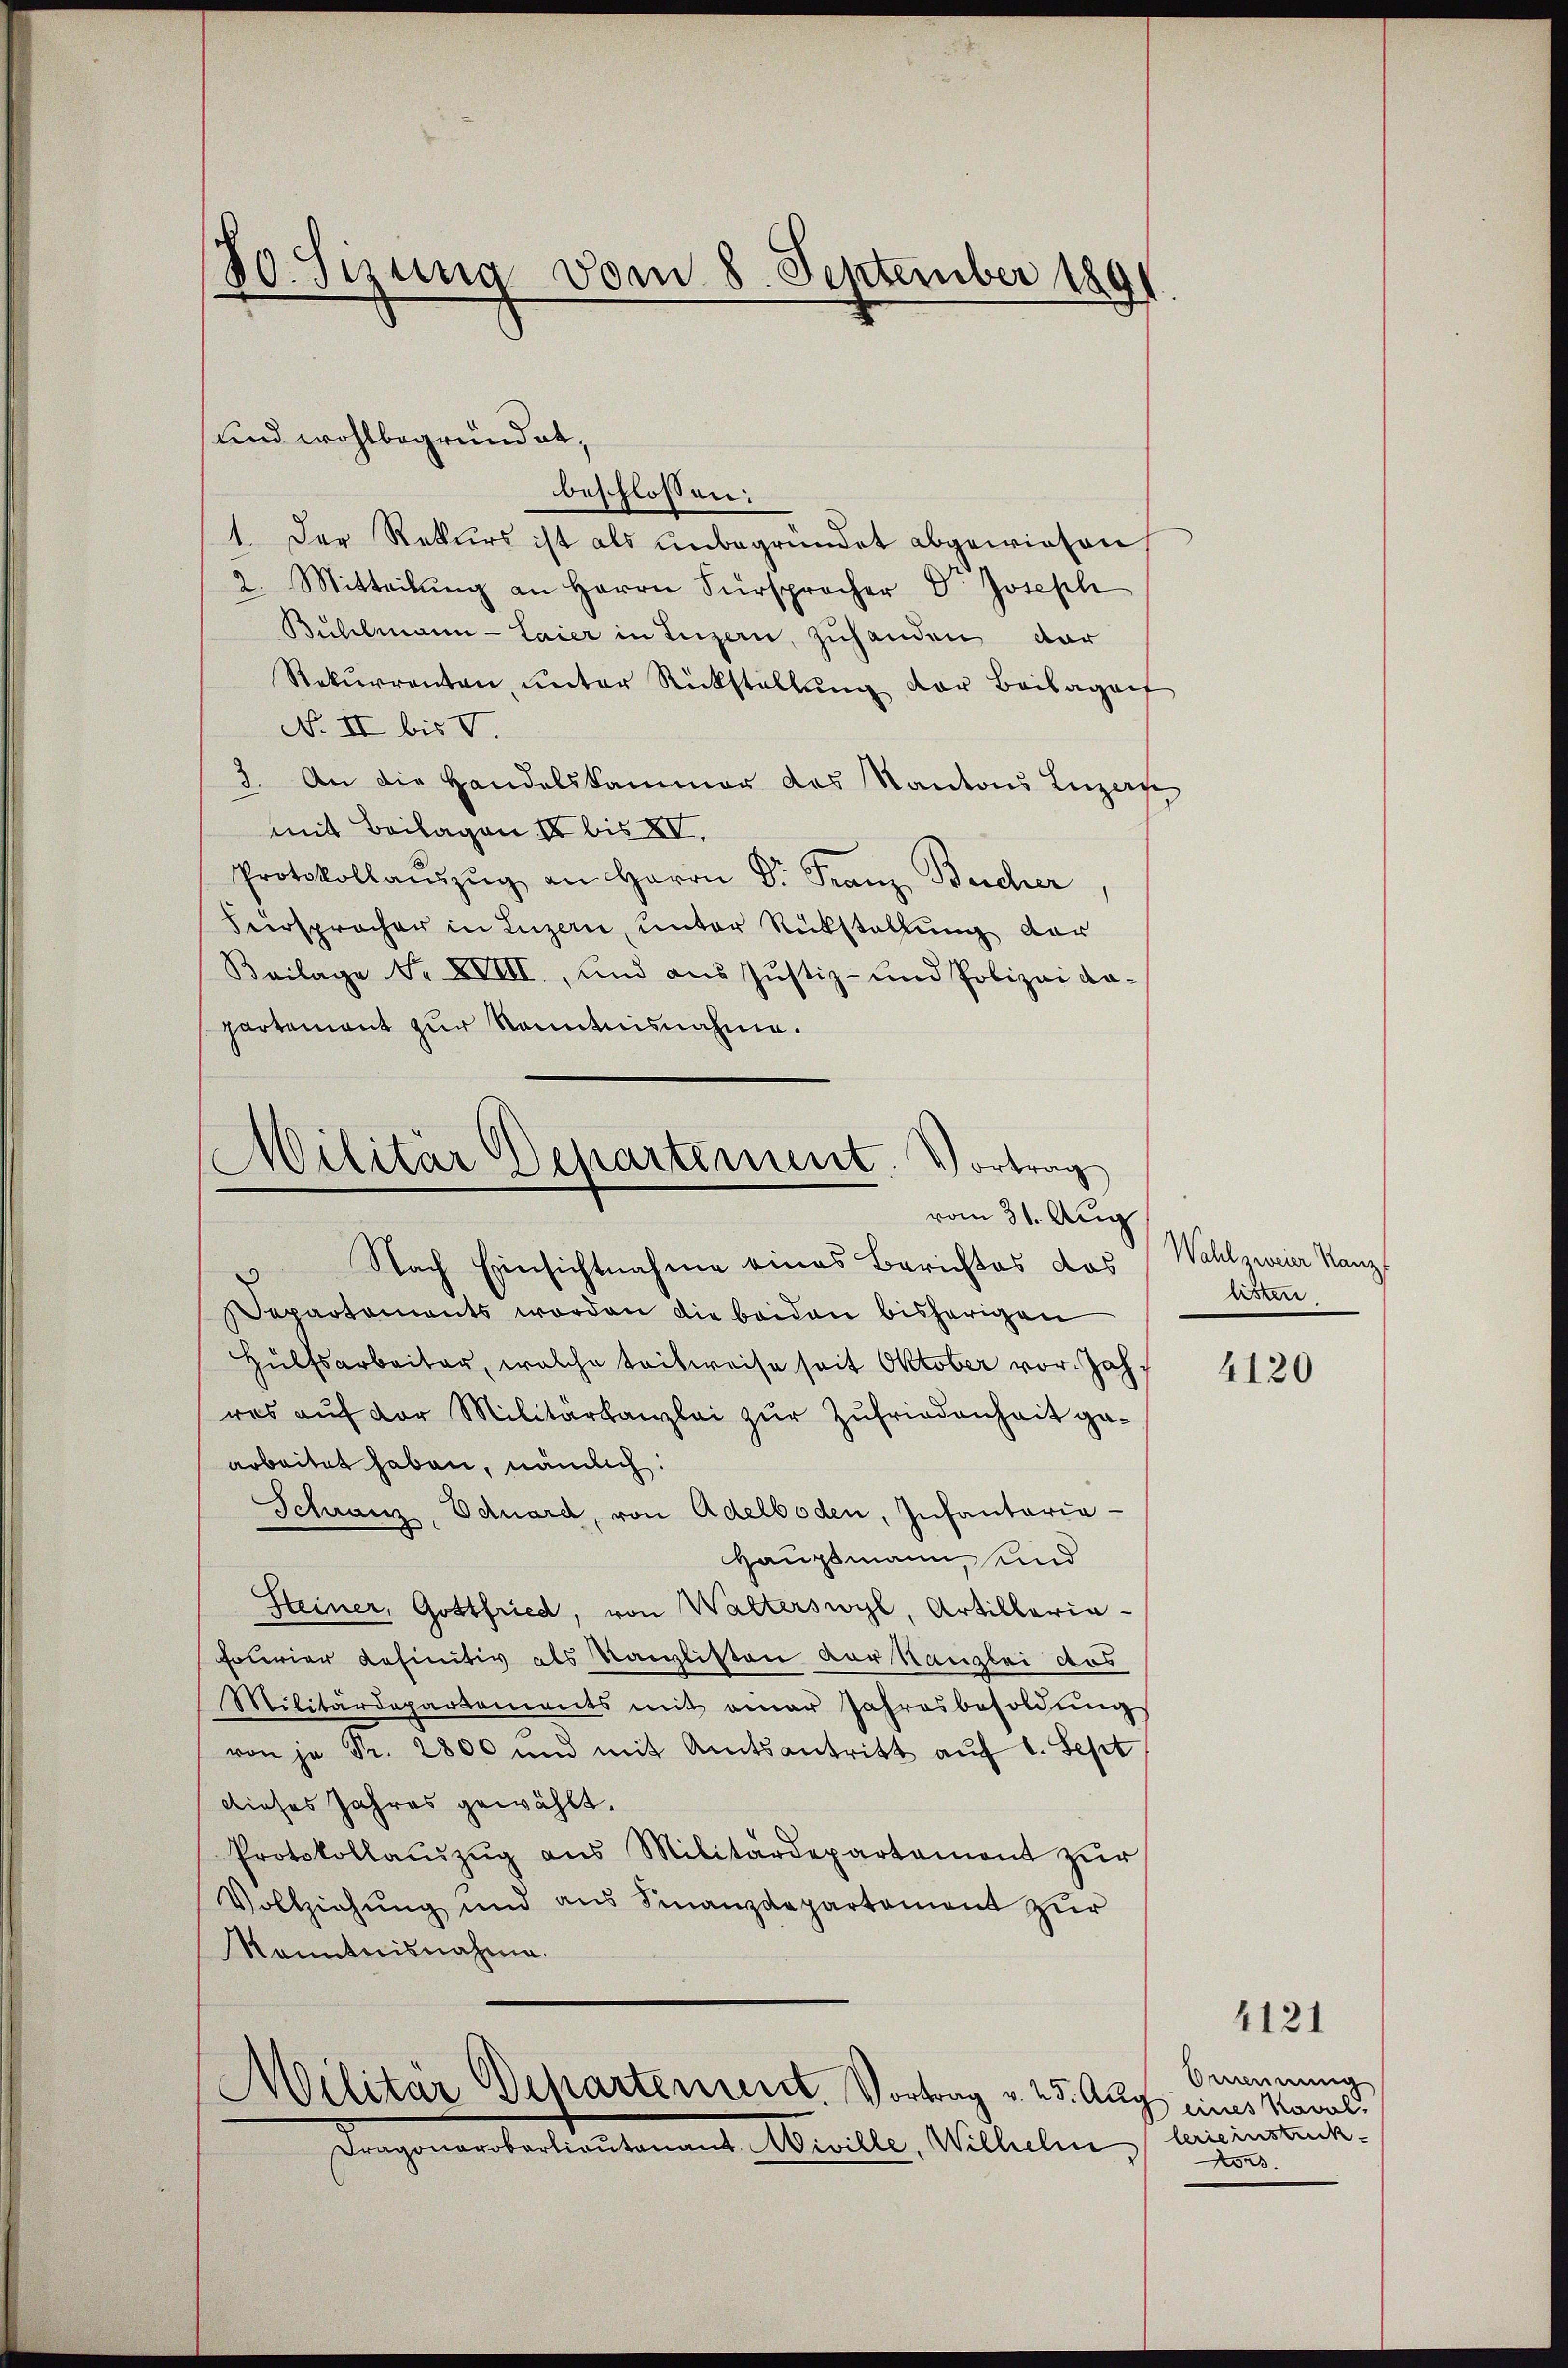
30. Sizung vom 8. September 1891

beschlossen:
1. Der Rekurs ist als unbegründet abgewiesen,
2. Mitteilŭng an Herrn Fürsprocher Dr. Joseph
Bühlmann - Laier in Luzern, zuhanden dar
Rekurrenten, unter Rückstellung der Beilagen
No II bis V.
3. An die Handelskammer des Kantons Luzerne
mit Beilagen II bis XV.
Protokollaŭszŭg an Herrn Dr. Franz Bucher
Versprocher in Luzern unter Rückstellung der
Beilage Nr. XVIII, und aus Justiz- und Polizei da-
partement zur Kenntnisnahme.

und wohlbegründet,

Militär Departement. Vortrag
vom 31. Aug
Nach Einsichtnahme eines Berichtes das

Separtements worden die beiden bisherigen
Hülfsarbeiter, welche tritweise seit Oktober vor. Jahres auf der Militärkanzlei zur Zufriedenheit gearbeitet haben, nämlich:
Schran. Eduard, von Adelboden, Infantaria-
Hauptmann, und
Steiner, Gottfried, von Walterswyl, Artillaria-
Folerier definitiv als Kanzlisten vor Kanzlei des
Militärdepartements mit einer Jahresbesoldŭng
von je Fr. 2800 und mit Amtsantritt auf 1. Sept
dieses Jahres gewählt.
Protokollaŭszŭg aŭs Militärdepartement zŭr
Vollziehŭng und aus Finanzdepartement zŭr
Kenntnisnahme.
Militär Departement. Vortrag v. 25. Aug. eines Kaval¬
Dragonerobertiautenant Miville, Wilhelm

Wahl zweier Kanz
listen

4120

Ornennung
lerie instück
ors

4121